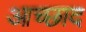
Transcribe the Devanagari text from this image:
आच्छाद